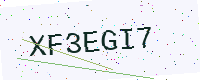
Text: XF3EGI7